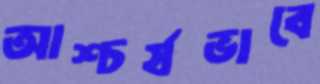
আশ্চর্যভাবে